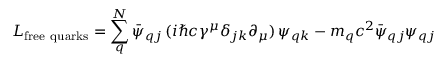
L _ { \mathrm { f r e e \ q u a r k s } } = \sum _ { q } ^ { N } \bar { \psi } _ { q j } \, ( i \hbar c \gamma ^ { \mu } \delta _ { j k } \partial _ { \mu } ) \, \psi _ { q k } - m _ { q } c ^ { 2 } \bar { \psi } _ { q j } \psi _ { q j }